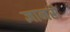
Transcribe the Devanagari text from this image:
ज्ञानसे